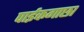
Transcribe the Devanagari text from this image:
पाईकगाछा